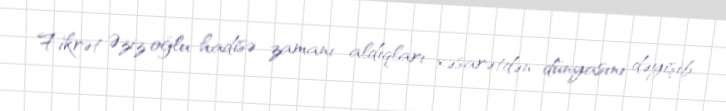
Fikrət Əziz oğlu hadisə zamanı aldıqları xəsarətdən dünyasını dəyişib.